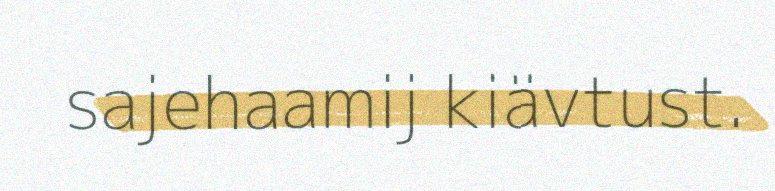
sajehaamij kiävtust.